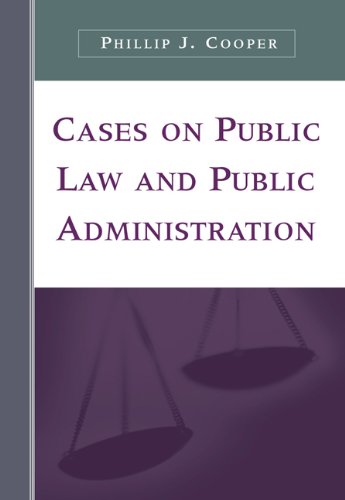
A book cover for Cases on Public Law and Public Administration; Phillip J. Cooper; Law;